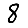
Digit: 8